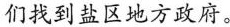
们找到盐区地方政府。